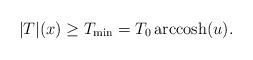
LaTeX: \begin{align*}|T|(x)\ge T_{\rm min}=T_{0}\, {\rm arccosh}(u).\end{align*}